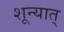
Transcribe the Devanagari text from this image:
शून्यात्